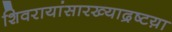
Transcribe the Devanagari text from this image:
शिवरायांसारख्याद्रष्टय़ा